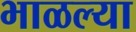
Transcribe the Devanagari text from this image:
भाळल्या